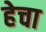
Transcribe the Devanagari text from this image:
हेचा